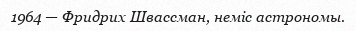
1964 — Фридрих Швассман, неміс астрономы.